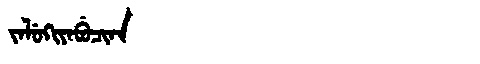
Manchu: ᠵᠠᠯᡠᡴᡳᠶᠠᠪᡠᠴᡳᠨᠠ
Romanization: JALUKIYABUCINA